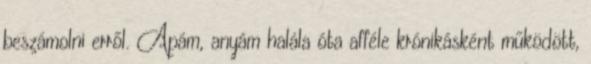
beszámolni erről. Apám, anyám halála óta afféle krónikásként működött,